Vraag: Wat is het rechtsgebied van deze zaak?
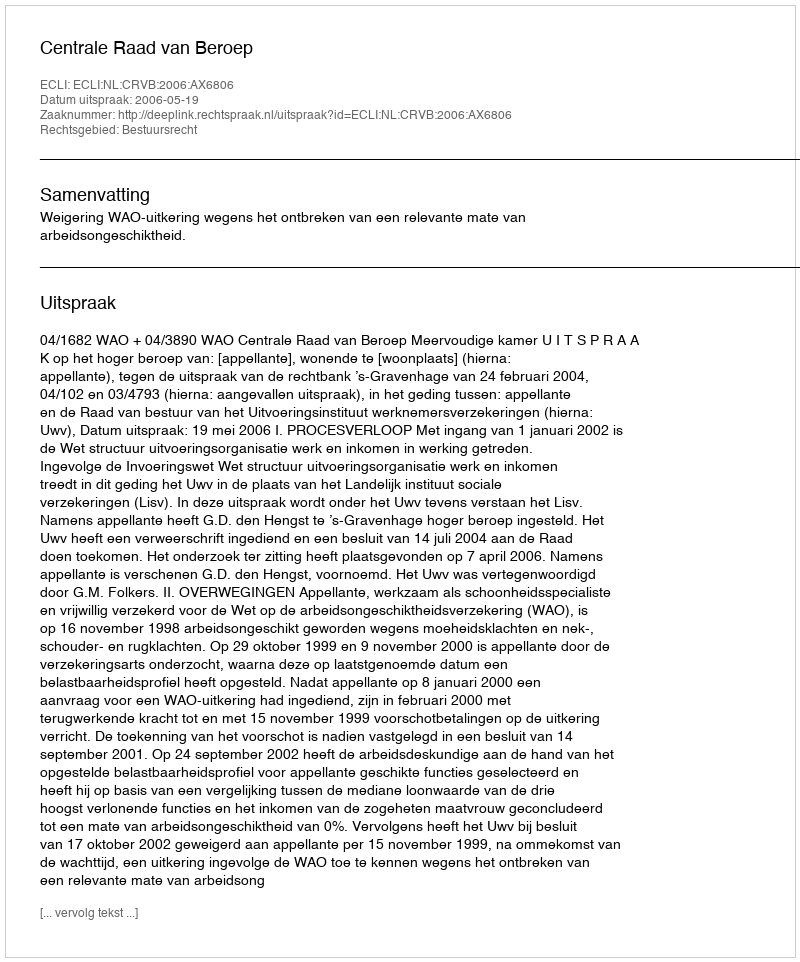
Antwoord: Bestuursrecht